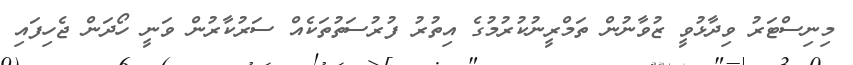
މިނިސްޓަރު ވިދާޅުވީ ޒުވާނުން ތަމްރީނުކުރުމުގެ އިތުރު ފުރުސަތުތަކެއް ސަރުކާރުން ވަނީ ހޯދަން ޖެހިފައި